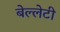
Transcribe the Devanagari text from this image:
बेल्लेटी